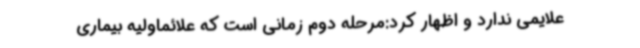
علایمی ندارد و اظهار کرد:مرحله دوم زمانی است که علائماولیه بیماری